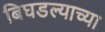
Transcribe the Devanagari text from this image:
बिघडल्याच्या